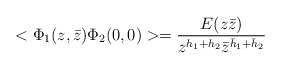
\begin{align*}<\Phi_{1}(z,\bar{z})\Phi_{2}(0,0)> = \frac{E(z\bar{z})}{z^{h_{1}+h_{2}}\bar{z}^{\bar{h}_{1}+\bar{h}_{2}}}\end{align*}